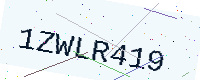
Text: 1ZWLR419